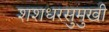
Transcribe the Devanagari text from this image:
शशधरसुमुखी